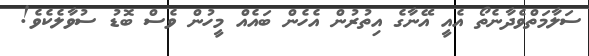
ސަލާމަތްވެދާނެތޯ އެއީ އޭނާގެ އިތުރުން އެހެން ބައެއް މީހުން ވެސް ބޮޑު ސުވާލެކެވެ!